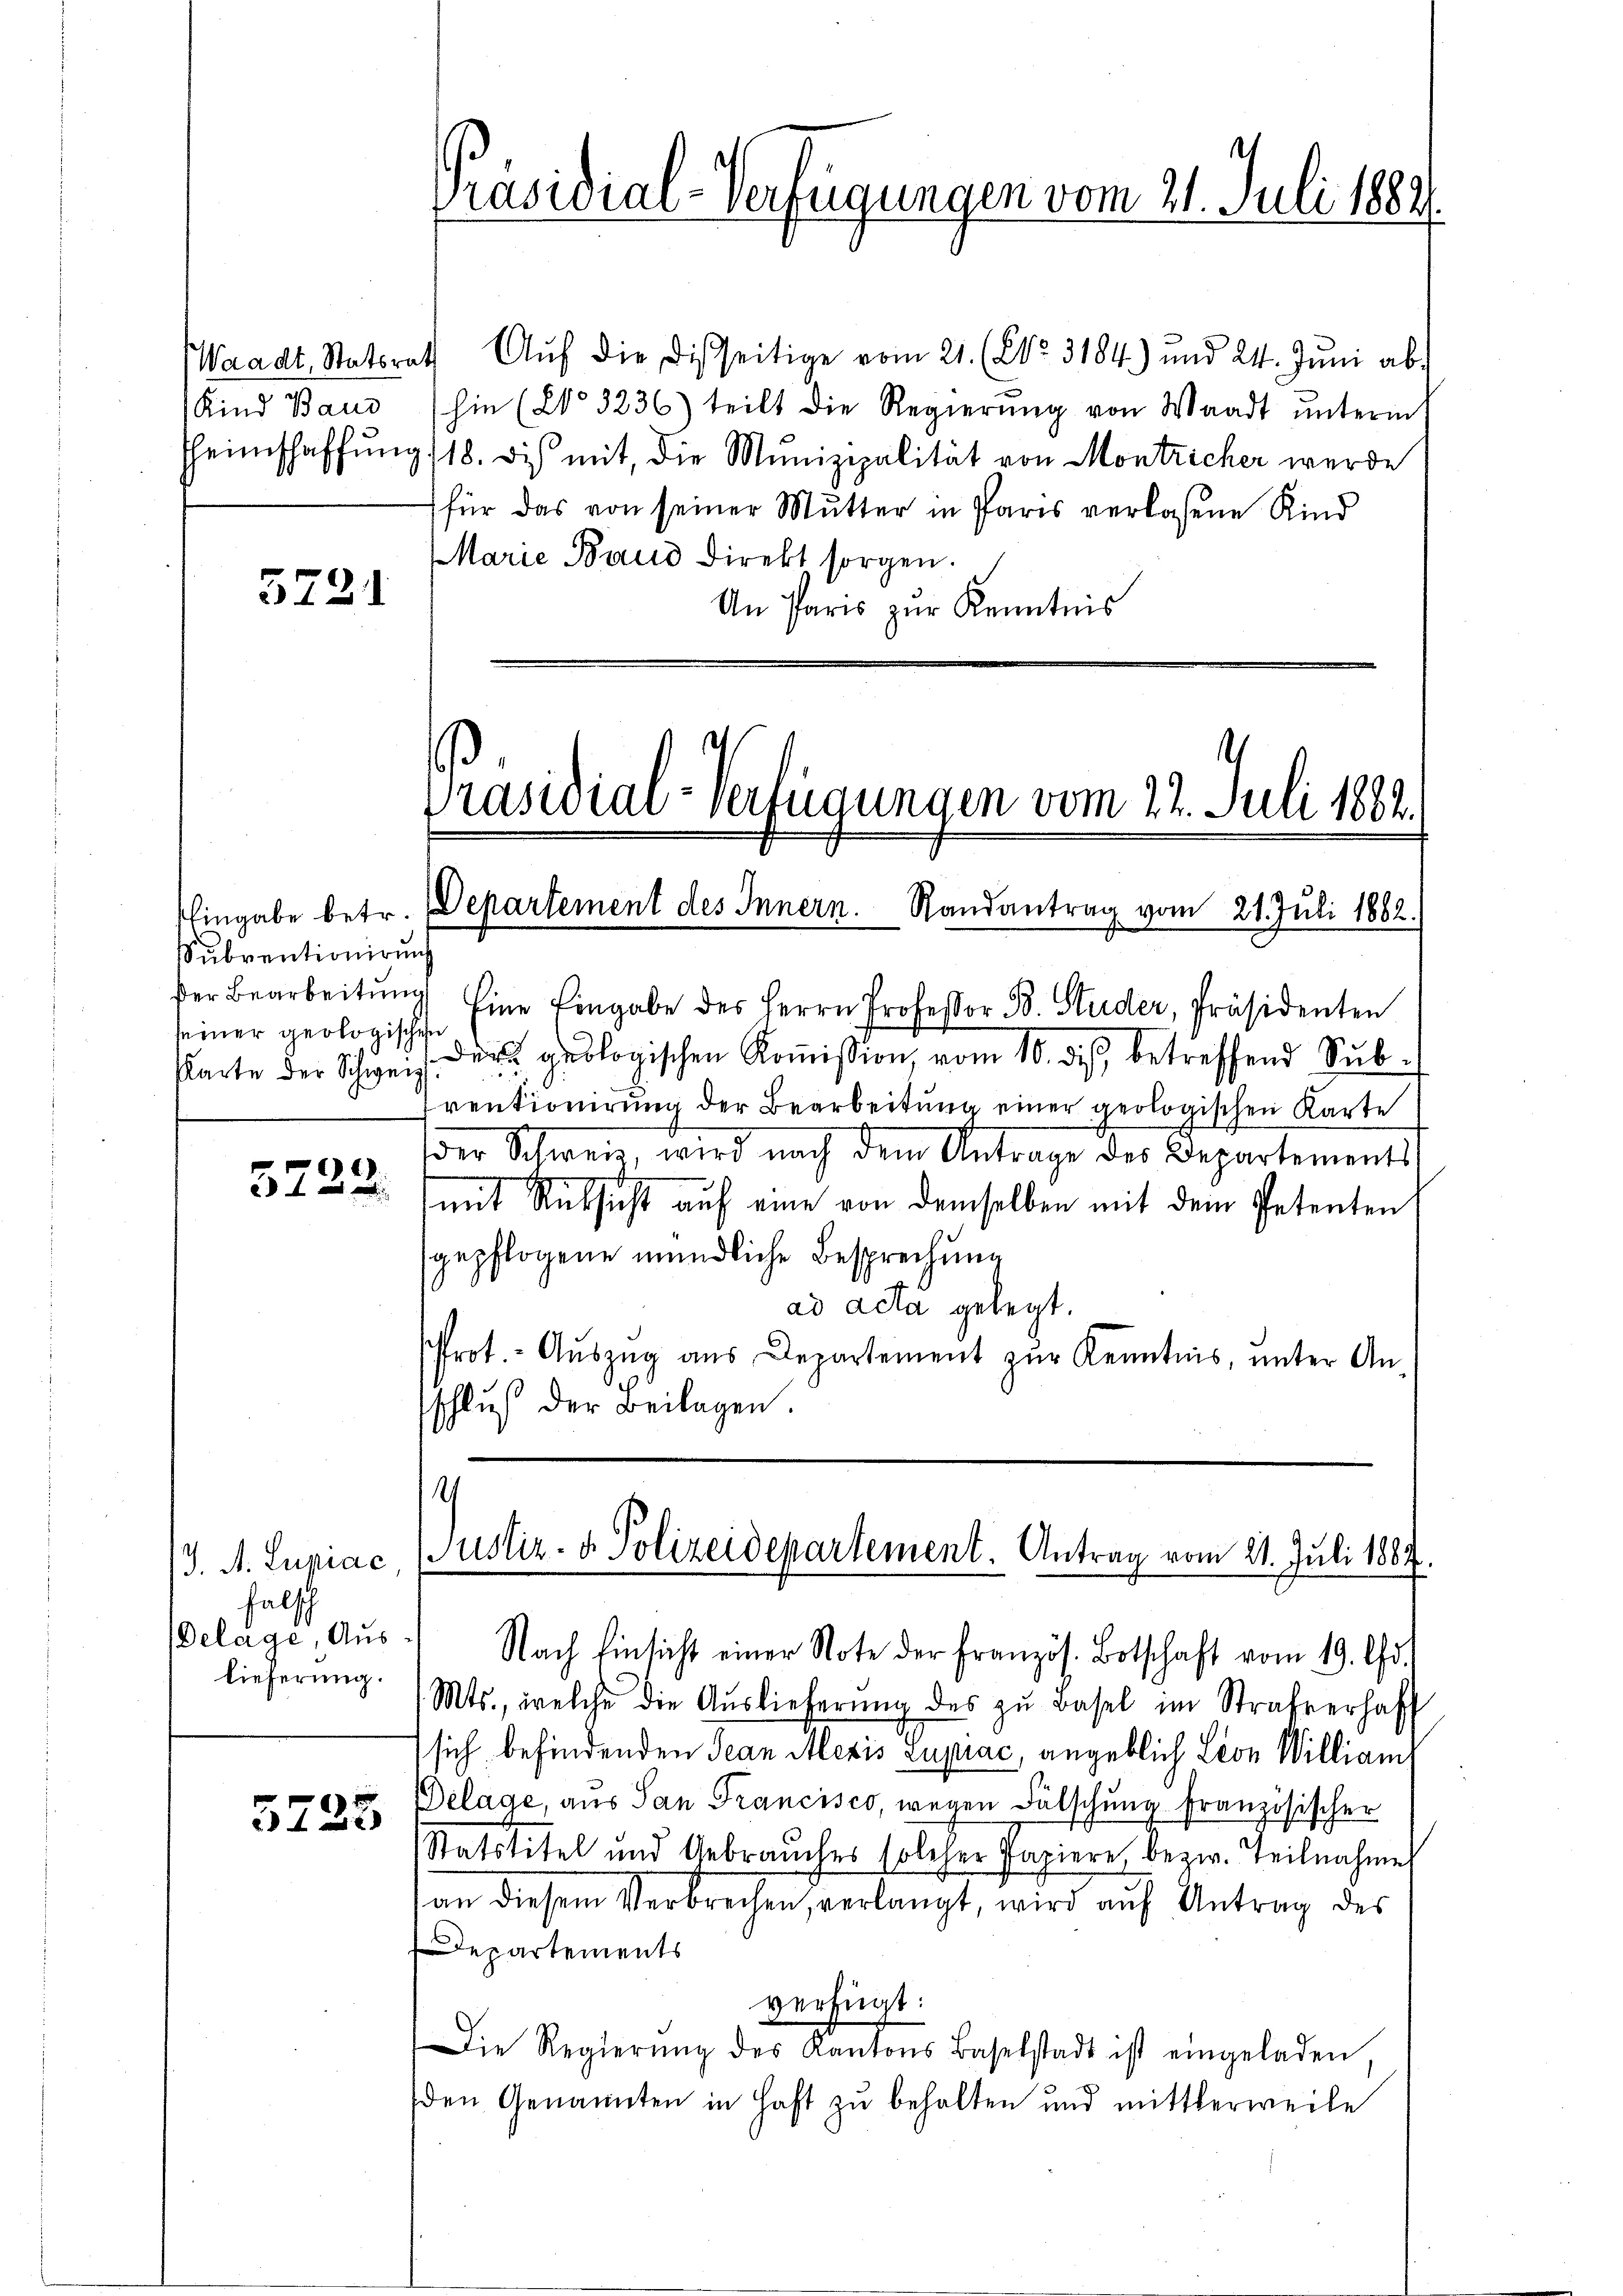
Kind Baud

5721

Subventionirung
seiner geologischen

)
 f 0 x

falsch
Gelage, Aus
lieferung.

5725

Präsidial-Verfügungen vom 21. Juli 1882

Waadt, Statsrath Aŭf die Disseitige vom 21. (NNo. 3184) und 24. Jŭni ab-
hin (203236) teilt die Regierŭng von Waadt ŭnterm
heimschaffŭng 118. dis mit, die Munizipalität von Montricher werde
für das von seiner Mutter in Paris verlassene Kind
Marie Baud direkt sorgen.
An Paris zur Kenntnis

Präsidial-Verfügungen vom 22. Juli 1882.
Eingabe betr. Departement des Innern. Randantrag vom 21. Juli 1882.

der Bearbeitŭng Eine Eingabe des Herrn Professor B. Studer, Präsidenten
Parte der Schweiz der geologischen Koṁission vom 10. des betreffend Sub-
ventionirung der Bearbeitung einer geologischen Karte
der Schweiz, wird nach dem Antrage des Departements
mit Rücksicht auf eine von demselben mit dem Petenten
gepflogene mündliche Besprechung
ad acta gelegt.
Prot.- Aŭszŭg ans Departement zŭr Kenntnis, unter An-
schluß der Beilagen.

1
13. A. Luniac, Justiz- & Polizeidepartement. Antrag vom 21. Juli 1887.

Nach Einsicht einer Note der französ. Botschaft vom 19. Chr.
Mts., welche die Auslieferŭng des zu Basel im Strafverhaft
sich befindenden Jean Alexis Lupiac, angeblich Leon William
Delage, aus San Francisco, wegen Fälschung französischer
Statstitel und Gebraŭches solcher Papiere bezw. Teilnahme
an diesem Verbrechen, verlangt, wird auf Antrag des
Departements
verfügt:
Die Regierŭng des Kantons Baselstadt ist eingeladen
den Genannten in Haft zu behalten und mittlerweile